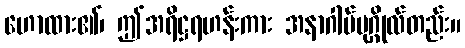
ဟောထား၏၊ ဤအရိဋ္ဌရဟန်းကား အနာဂါမ်ပုဂ္ဂိုလ်တည်း။